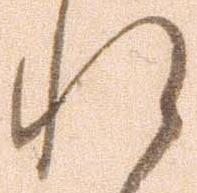
れ